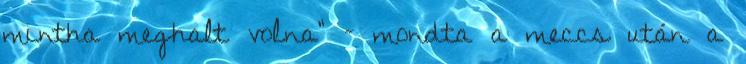
mintha meghalt volna" – mondta a meccs után a